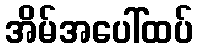
အိမ်အပေါ်ထပ်